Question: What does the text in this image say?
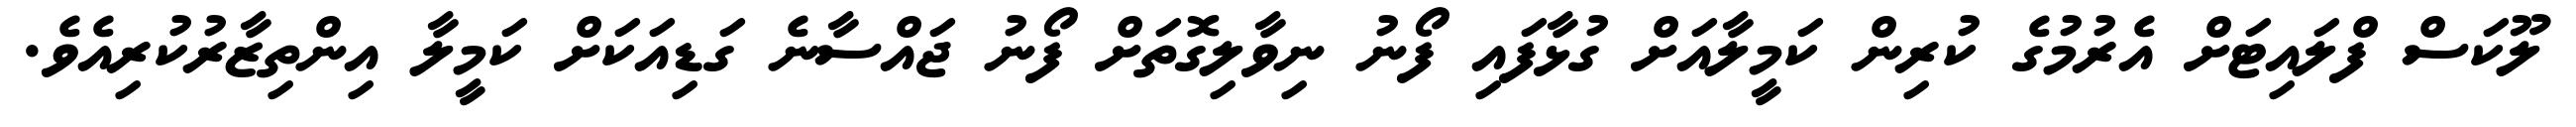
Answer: ލޫކަސް ފްލައިޓަށް އެރުމުގެ ކުރިން ކަމީލާއަށް ގުޅާފައި ފޯނު ނިވާލިގޮތަށް ފޯނު ޖައްސާނެ ގަޑިއަކަށް ކަމީލާ އިންތިޒާރުކުރިއެވެ.